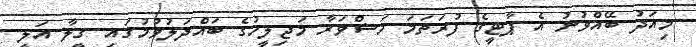
މިއަދު ބޭއްވުނު އެ ޕާޓީގެ ފުރަތަމަ މަޝްވަރާ މަޖިލީހުގެ ބައްދަލުވުމުގައި ގީލާ އަލީ